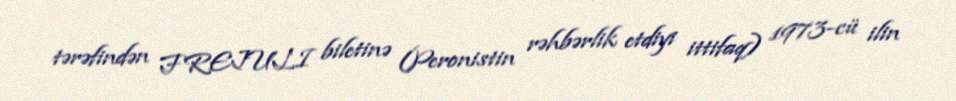
tərəfindən FREJULI biletinə (Peronistin rəhbərlik etdiyi ittifaq) 1973-cü ilin